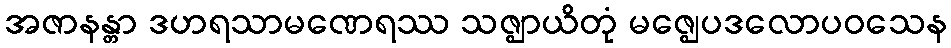
အဇာနန္တာ ဒဟရသာမဏေရဿ သဇ္ဈာယိတုံ မဇ္ဈေပဒလောပဝသေန